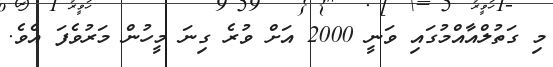
މި ގަތުލްއާއްމުގައި ވަނީ 2000 އަށް ވުރެ ގިނަ މީހުން މަރުވެފަ އެވެ.